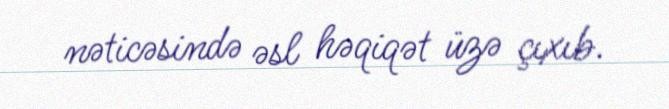
nəticəsində əsl həqiqət üzə çıxıb.